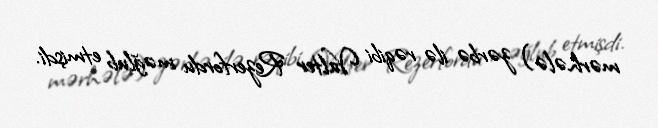
mərhələ) zərbə ilə rəqibi Valter Rezerfordu məğlub etmişdi.